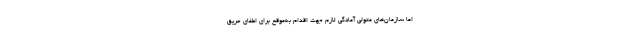
اما سازمان‌های متولی آمادگی لازم جهت اقدام به‌موقع برای اطفای حریق